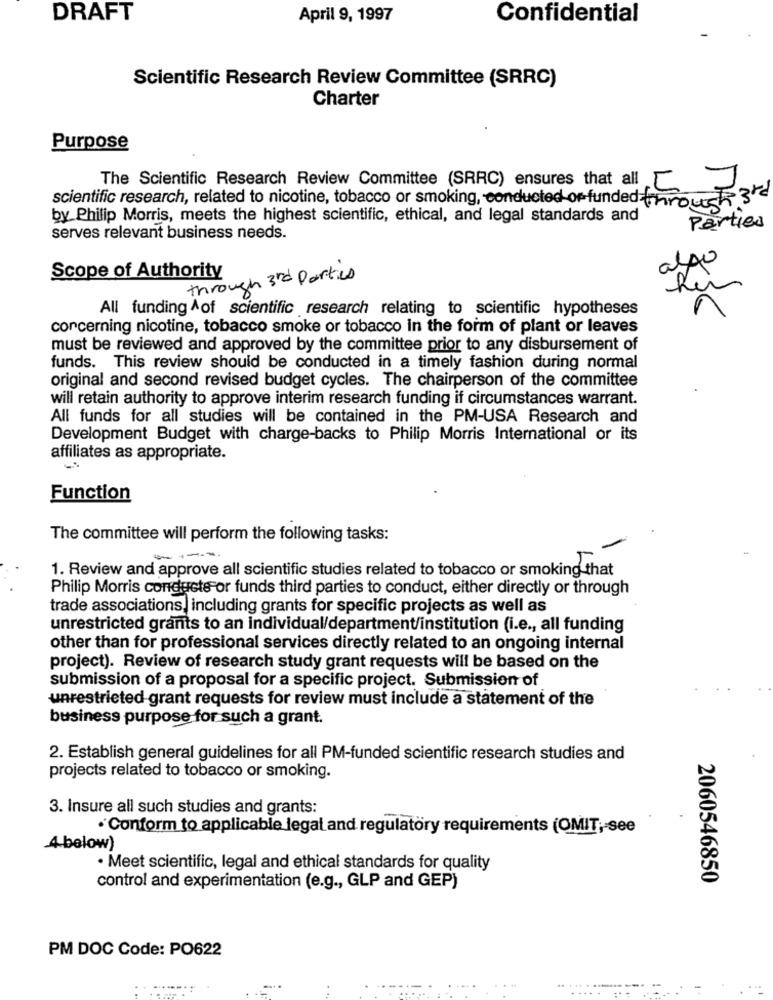
DRAFT
April 9, 1997
Confidential
Scientific Research Review Committee (SRRC)
Charter
Purpose
The Scientific Research Review Committee (SRRC) ensures that all
scientific research, related to nicotine, tobacco or smoking, conducted or-funded through 3
by Philip Morris, meets the highest scientific, ethical, and legal standards and
Parties
serves relevant business needs.
Scope of Authority
through 3rd Parties
20
13
3G
All funding ^of scientific research relating to scientific hypotheses
concerning nicotine, tobacco smoke or tobacco in the form of plant or leaves
must be reviewed and approved by the committee prior to any disbursement of
funds. This review should be conducted in a timely fashion during normal
original and second revised budget cycles. The chairperson of the committee
will retain authority to approve interim research funding if circumstances warrant.
All funds for all studies will be contained in the PM-USA Research and
Development Budget with charge-backs to Philip Morris International or its
affiliates as appropriate.
Function
The committee will perform the following tasks:
-----
1. Review and approve all scientific studies related to tobacco or smoking that
Philip Morris conducts or funds third parties to conduct, either directly or through
trade associations, including grants for specific projects as well as
unrestricted grants to an individual/department/institution (i.e ., all funding
other than for professional services directly related to an ongoing internal
project). Review of research study grant requests will be based on the
submission of a proposal for a specific project. Submission of
unrestricted grant requests for review must include a statement of the
business purpose for such a grant.
2. Establish general guidelines for all PM-funded scientific research studies and
projects related to tobacco or smoking.
3. Insure all such studies and grants:
· Conform to applicable legal and regulatory requirements (OMIT;see
4.below)
· Meet scientific, legal and ethical standards for quality
2060546850
control and experimentation (e.g ., GLP and GEP)
PM DOC Code: PO622
..... .-----
. ....